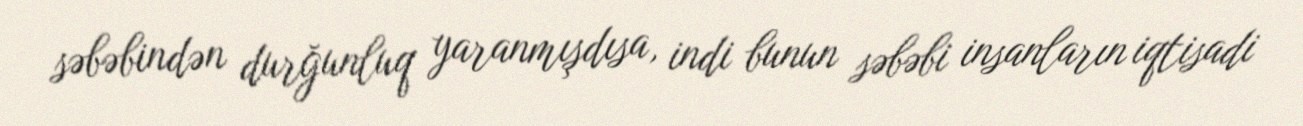
səbəbindən durğunluq yaranmışdısa, indi bunun səbəbi insanların iqtisadi